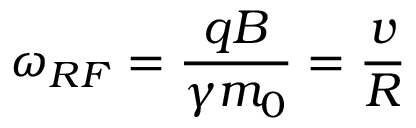
\omega _ { R F } = \frac { q B } { \gamma m _ { 0 } } = \frac { v } { R }